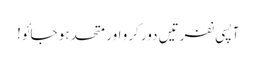
آپسی نفرتیں دور کرو اور متحد ہو جائو!